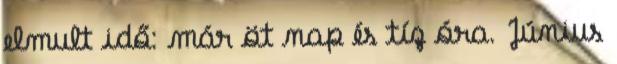
elmult idő: már öt nap és tíz óra. Június